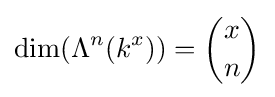
\dim(\Lambda ^{n}(k^{x}))={x \choose n}